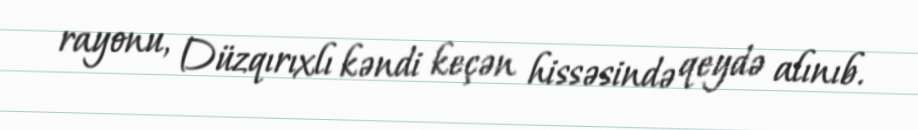
rayonu, Düzqırıxlı kəndi keçən hissəsində qeydə alınıb.